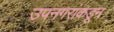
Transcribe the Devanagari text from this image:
उपनगरांकडून